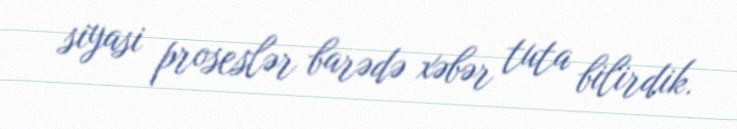
siyasi proseslər barədə xəbər tuta bilirdik.